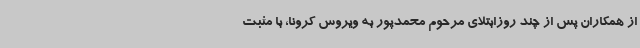
از همکاران پس از چند روزابتلای مرحوم محمدپور به ویروس کرونا، با مثبت